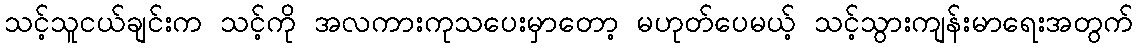
သင့်သူငယ်ချင်းက သင့်ကို အလကားကုသပေးမှာတော့ မဟုတ်ပေမယ့် သင့်သွားကျန်းမာရေးအတွက်